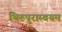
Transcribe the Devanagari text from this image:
थिरुपुराम्बयम